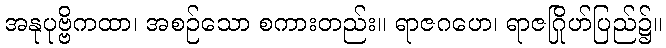
အနုပုဗ္ဗိကထာ၊ အစဉ်သော စကားတည်း။ ရာဇဂဟေ၊ ရာဇဂြိုဟ်ပြည်၌။